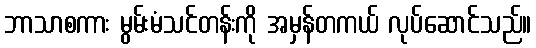
ဘာသာစကား မွမ်းမံသင်တန်းကို အမှန်တကယ် လုပ်ဆောင်သည်။